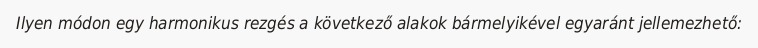
Ilyen módon egy harmonikus rezgés a következő alakok bármelyikével egyaránt jellemezhető: